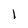
Character: 1